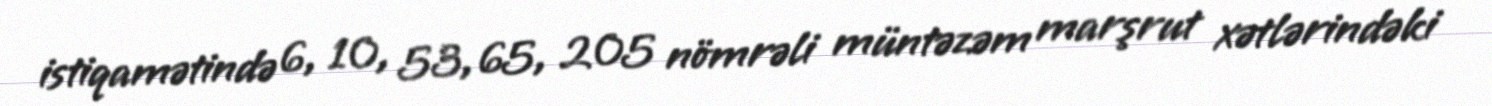
istiqamətində 6, 10, 53, 65, 205 nömrəli müntəzəm marşrut xətlərindəki